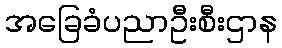
အခြေခံပညာဦးစီးဌာန